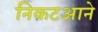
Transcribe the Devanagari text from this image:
निकटआने